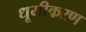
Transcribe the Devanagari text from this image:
धूमीकरण